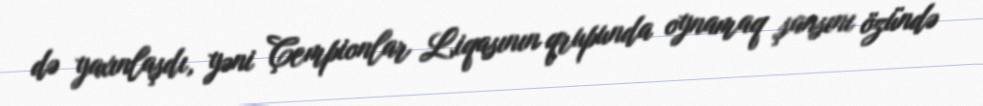
də yaxınlaşdı, yəni Çempionlar Liqasının qrupunda oynamaq şansını özündə